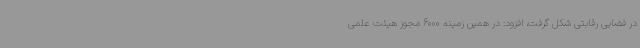
در فضایی رقابتی شکل گرفت، افزود: در همین زمینه 6000 مجوز هیئت علمی